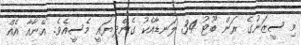
މި ސީޒަނުގެ ރަން ބޫޓު 34 ލަނޑާއެކު ގެންދިޔައީ މެސީއެވެ. އޭނާއާ އެއް